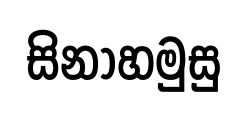
සිනාහමුසු